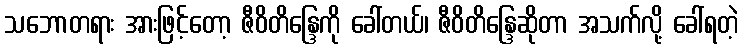
သဘောတရား အားဖြင့်တော့ ဇီဝိတိန္ဒြေကို ခေါ်တယ်၊ ဇီဝိတိန္ဒြေဆိုတာ အသက်လို့ ခေါ်ရတဲ့